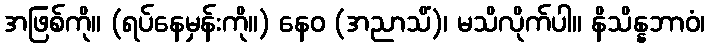
အဖြစ်ကို။ (ရပ်နေမှန်းကို။) နေဝ (အညာသိံ)၊ မသိလိုက်ပါ။ နိသိန္နဘာဝံ၊